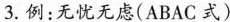
3.例：无忧无虑(ABAC式)